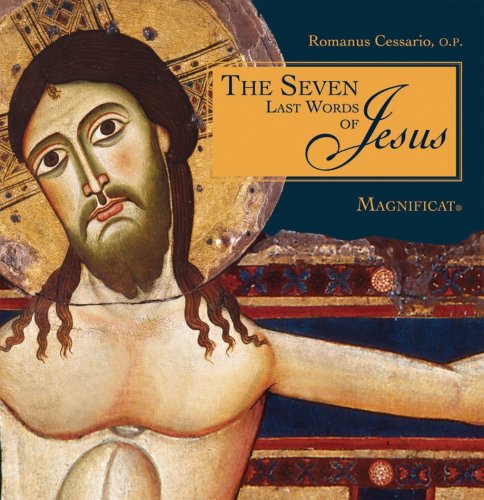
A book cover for The Seven Last Words of Jesus; Romanus Cessario; Christian Books & Bibles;